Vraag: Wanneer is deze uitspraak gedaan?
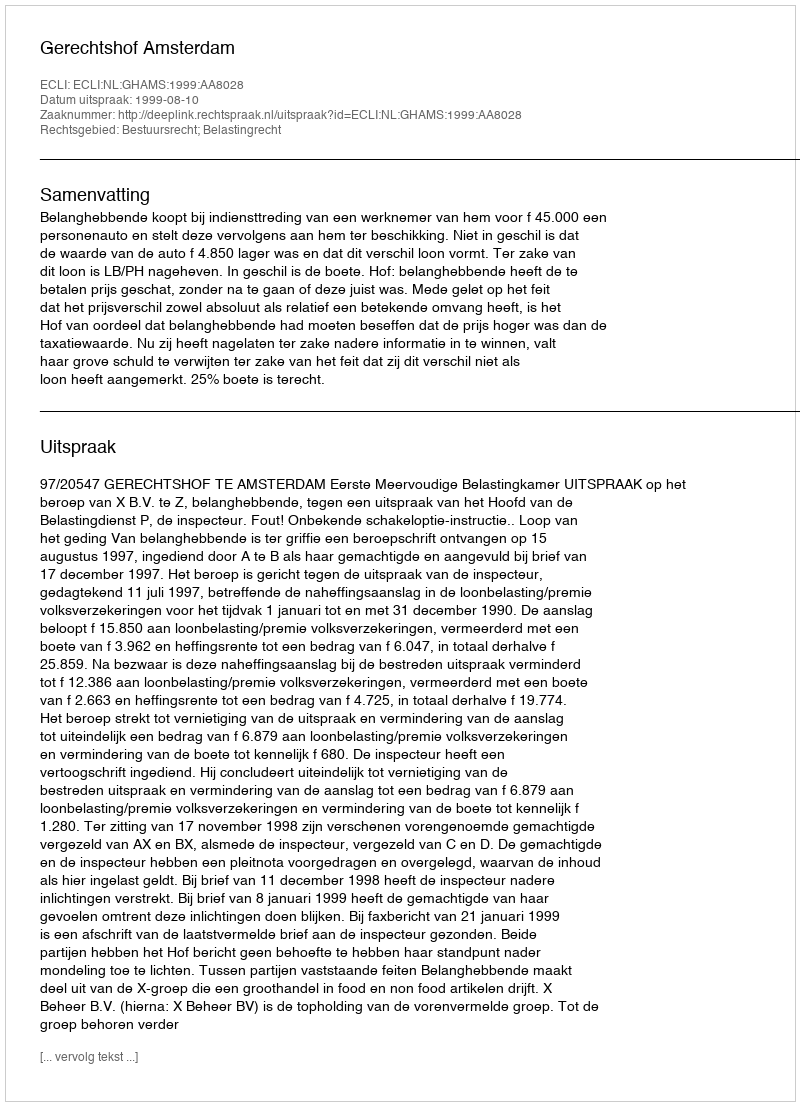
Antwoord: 1999-08-10